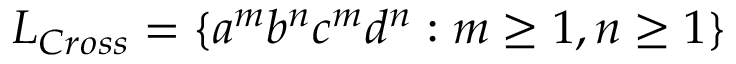
L _ { C r o s s } = \{ a ^ { m } b ^ { n } c ^ { m } d ^ { n } : m \geq 1 , n \geq 1 \}